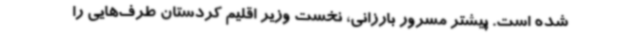
شده است. پیشتر مسرور بارزانی، نخست وزیر اقلیم کردستان طرف‌هایی را